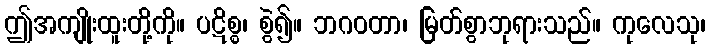
ဤအကျိုးထူးတို့ကို။ ပဋိစ္စ၊ စွဲ၍။ ဘဂဝတာ၊ မြတ်စွာဘုရားသည်။ ကုလေသု၊